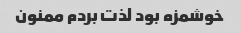
خوشمزه بود لذت بردم ممنون